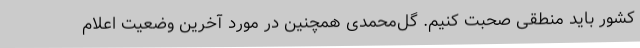
کشور باید منطقی صحبت کنیم. گل‌محمدی همچنین در مورد آخرین وضعیت اعلام